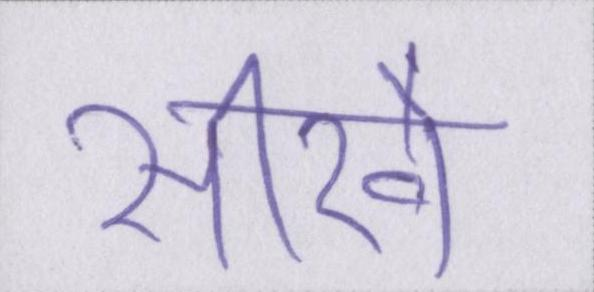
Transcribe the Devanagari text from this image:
सीखे